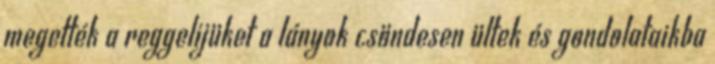
megették a reggelijüket a lányok csöndesen ültek és gondolataikba